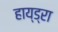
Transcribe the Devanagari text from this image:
हाय्ड्रा